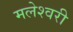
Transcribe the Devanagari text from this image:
मलेश्वरी